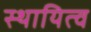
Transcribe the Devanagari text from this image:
स्थायित्‍व